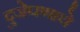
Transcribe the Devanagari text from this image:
दुजेपणाचे